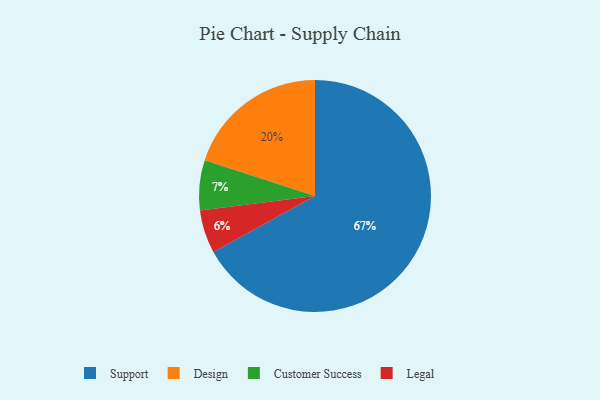
{"axis": {"x": "Category", "y": "Percentage"}, "legend": ["Customer Success", "Design", "Legal", "Support"], "data": [{"x": "Legal", "y": 6, "type": "Legal"}, {"x": "Customer Success", "y": 7, "type": "Customer Success"}, {"x": "Support", "y": 67, "type": "Support"}, {"x": "Design", "y": 20, "type": "Design"}]}